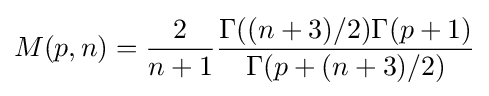
M(p,n)={\frac {2}{n+1}}{\frac {\Gamma ((n+3)/2)\Gamma (p+1)}{\Gamma (p+(n+3)/2)}}